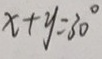
x + y = 3 0 ^ { \circ }